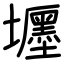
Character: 壥